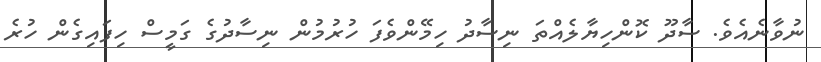
ނުވާނެއެވެ. ސާދޫ ކޮންހިޔާލެއްތަ ނިސާދު ހިމޭންވެފަ ހުރުމުން ނިސާދުގެ ގަމީސް ހިފައިގެން ހުރެ